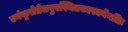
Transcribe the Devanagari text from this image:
एवंकृतेप्रेतपुरस्थितस्यस्वर्गेगतिः